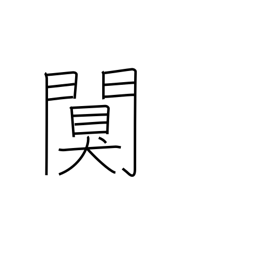
Meaning: quiet